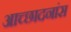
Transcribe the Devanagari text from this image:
आच्छादनांस